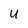
Character: U